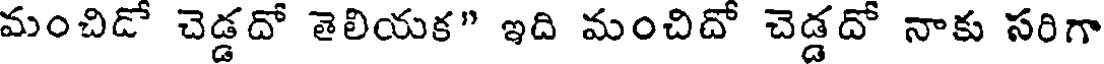
మంచిడో చెడ్డదో తెలియక" ఇది మంచిదో చెడ్డదో నాకు సరిగా